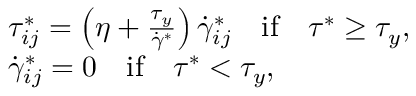
\begin{array} { l l } { \tau _ { i j } ^ { * } = \left( \eta + \frac { \tau _ { y } } { \dot { \gamma } ^ { * } } \right) { \dot { \gamma } } _ { i j } ^ { * } \quad \mathrm { i f } \quad \tau ^ { * } \geq \tau _ { y } , } \\ { { \dot { \gamma } } _ { i j } ^ { * } = 0 \quad \mathrm { i f } \quad \tau ^ { * } < \tau _ { y } , } \end{array}